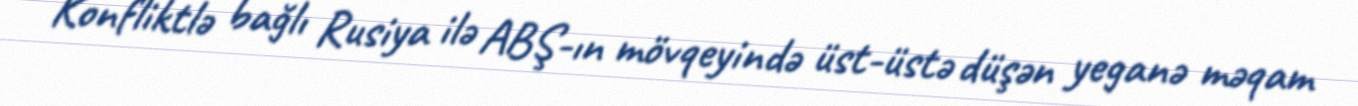
Konfliktlə bağlı Rusiya ilə ABŞ-ın mövqeyində üst-üstə düşən yeganə məqam